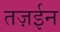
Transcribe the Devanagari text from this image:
तज़ईन